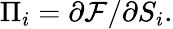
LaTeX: \Pi_{i}=\partial{\cal F}/\partial S_{i}.